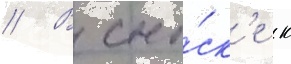
// В сно́ск'е к